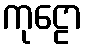
ကုဠော